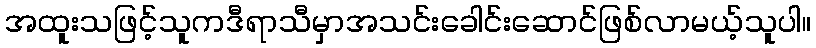
အထူးသဖြင့်သူကဒီရာသီမှာအသင်းခေါင်းဆောင်ဖြစ်လာမယ့်သူပါ။